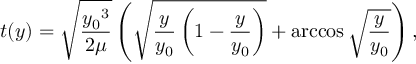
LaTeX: t ( y ) = { \sqrt { \frac { { y _ { 0 } } ^ { 3 } } { 2 \mu } } } \left( { \sqrt { { \frac { y } { y _ { 0 } } } \left( 1 - { \frac { y } { y _ { 0 } } } \right) } } + \operatorname { a r c c o s } { \sqrt { \frac { y } { y _ { 0 } } } } \right) ,